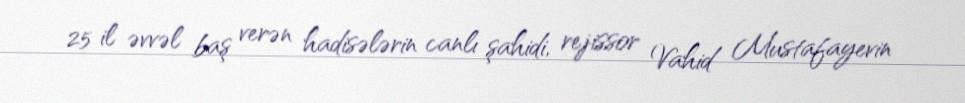
25 il əvvəl baş verən hadisələrin canlı şahidi, rejissor Vahid Mustafayevin